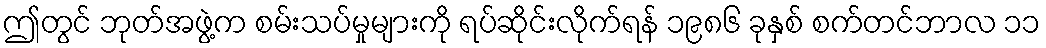
ဤတွင် ဘုတ်အဖွဲ့က စမ်းသပ်မှုများကို ရပ်ဆိုင်းလိုက်ရန် ၁၉၈၆ ခုနှစ် စက်တင်ဘာလ ၁၁